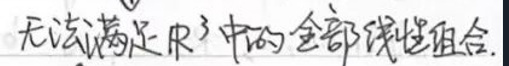
无法满足$R^3$中的全部读出组合.